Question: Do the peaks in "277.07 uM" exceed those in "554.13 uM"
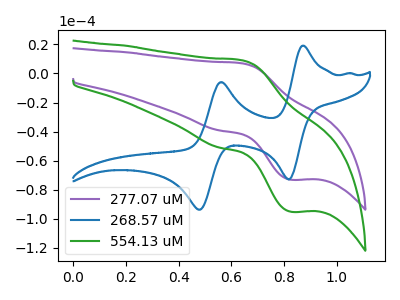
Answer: <think>The purple curve "277.07 uM" has an anodic peak at (0.65V, 7.00uA) and a cathodic peak at (0.85V, -73.15uA). The blue curve "268.57 uM" has anodic peaks at (0.85V, 19.10uA) (0.55V, -5.95uA) and cathodic peaks at (0.80V, -72.90uA) (0.50V, -93.80uA). The green curve "554.13 uM" has an anodic peak at (0.65V, 9.10uA) and a cathodic peak at (0.85V, -95.20uA).</think>
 <answer>Every peak in "277.07 uM" is lower than every peak in "554.13 uM".</answer>
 <eval>lower</eval>